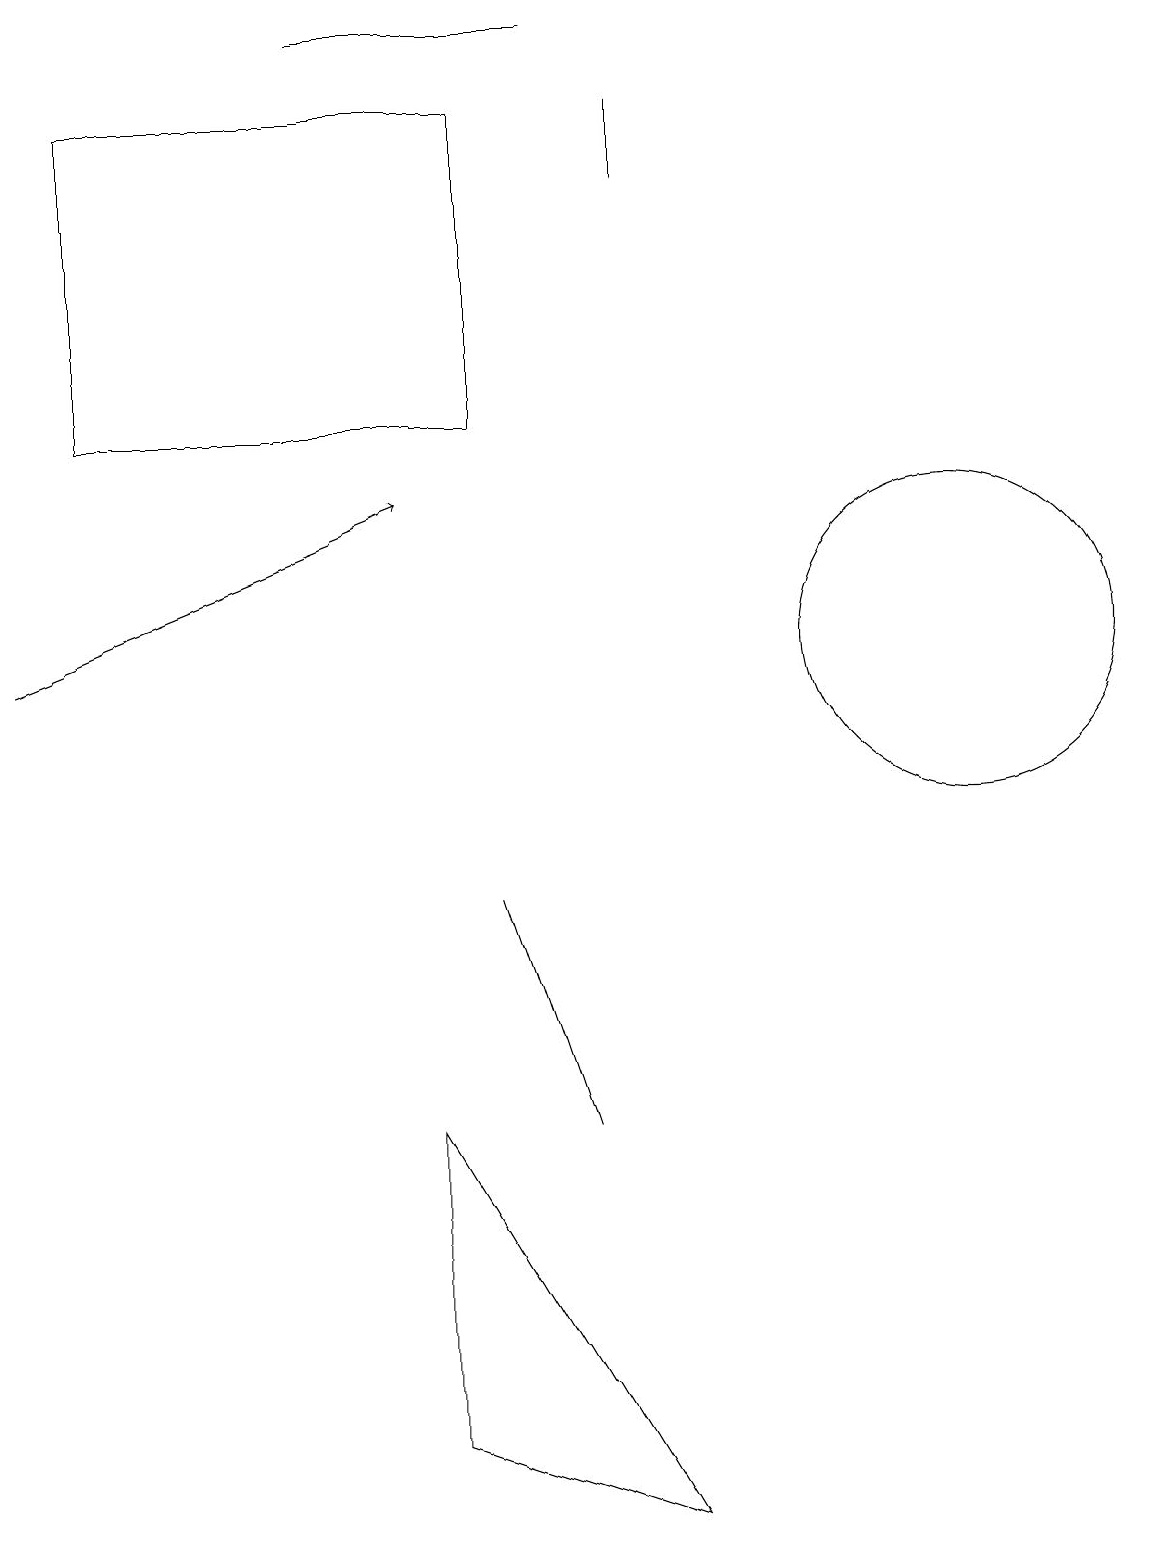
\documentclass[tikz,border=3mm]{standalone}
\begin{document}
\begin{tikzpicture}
\draw (7,5) -- (6,8) -- (6,8) -- cycle;
\draw (8,18) rectangle (8,17);
\draw (6,18) rectangle (1,14);
\draw[->] (0,11) -- (5,13);
\draw (7,19) rectangle (4,19);
\draw (12,11) circle (2);
\draw (5,1) -- (5,5) -- (8,0) -- cycle;
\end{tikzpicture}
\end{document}